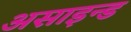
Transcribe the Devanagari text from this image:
असाइन्ड